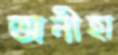
অনীহা